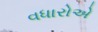
વધારોએ